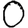
Digit: 0